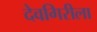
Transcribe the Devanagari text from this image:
देवगिरीला